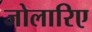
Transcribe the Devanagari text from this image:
जोलारिए